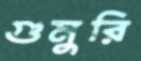
গুমুরি